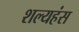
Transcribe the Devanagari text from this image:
शल्यहंस